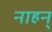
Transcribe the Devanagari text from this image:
नाहन्